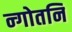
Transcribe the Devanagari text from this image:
न्गोतनि